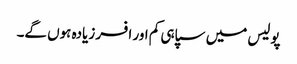
پولیس میں سپاہی کم اور افسر زیادہ ہوں گے۔